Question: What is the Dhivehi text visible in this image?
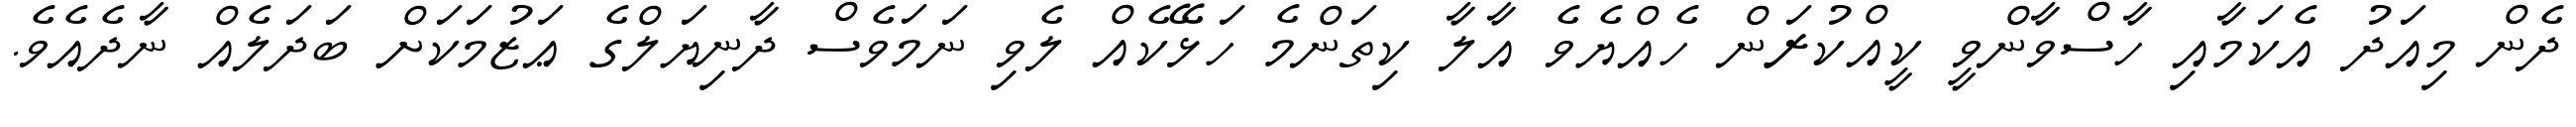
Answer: ދެން މިއަދު އެކަމާއި ހާސްވާންވީ ކީއްކުރަން ހެއްޔެވެ އާލާ ކިތަންމެ ހަޅޭކެއް ލެވި ނަމަވެސް ދާނިޔަލްގެ ޢަޒުމަކަށް ބަދަލެއް ނާދެއެވެ.